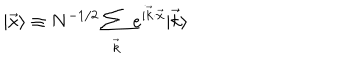
LaTeX: | \vec { x } \rangle \equiv N ^ { - 1 / 2 } \sum _ { \vec { k } } e ^ { i \vec { k } \cdot \vec { x } } | \vec { k } \rangle